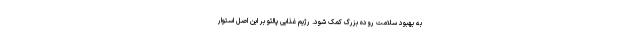
به بهبود سلامت روده بزرگ کمک شود. رژیم غذایی پالئو بر این اصل استوار